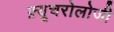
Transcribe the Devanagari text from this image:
फ़्यूचरोलोजी